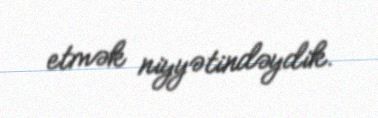
etmək niyyətindəydik.